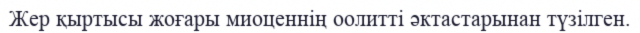
Жер қыртысы жоғары миоценнің оолитті әктастарынан түзілген.